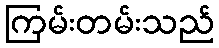
ကြမ်းတမ်းသည်